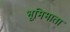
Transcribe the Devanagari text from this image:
भूमिमाता